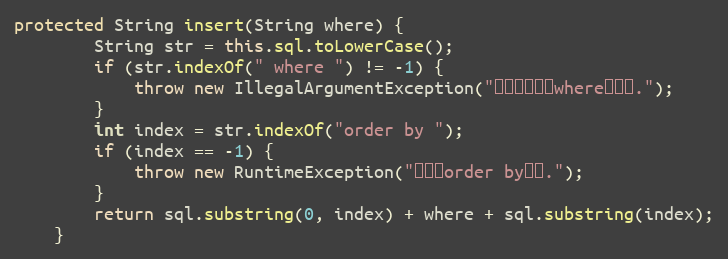
Language: Java
protected String insert(String where) {
		String str = this.sql.toLowerCase();
		if (str.indexOf(" where ") != -1) {
			throw new IllegalArgumentException("语句不能包含where关键字.");
		}
		int index = str.indexOf("order by ");
		if (index == -1) {
			throw new RuntimeException("找不到order by语句.");
		}
		return sql.substring(0, index) + where + sql.substring(index);
	}